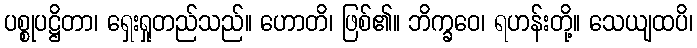
ပစ္စုပဋ္ဌိတာ၊ ရှေးရှုတည်သည်။ ဟောတိ၊ ဖြစ်၏။ ဘိက္ခဝေ၊ ရဟန်းတို့။ သေယျထပိ၊